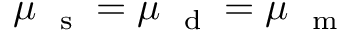
\mu _ { \mathrm { ~ \scriptsize ~ s ~ } } = \mu _ { \mathrm { ~ \scriptsize ~ d ~ } } = \mu _ { \mathrm { ~ \scriptsize ~ m ~ } }